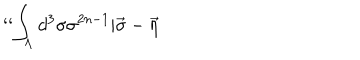
` ` \int _ { \Lambda } d ^ { 3 } \sigma \sigma ^ { 2 n - 1 } | \vec { \sigma } - \vec { \eta }